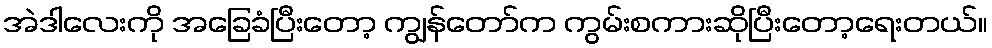
အဲဒါလေးကို အခြေခံပြီးတော့ ကျွန်တော်က ကွမ်းစကားဆိုပြီးတော့ရေးတယ်။